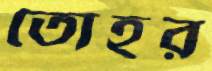
তোহর